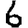
Digit: 6